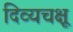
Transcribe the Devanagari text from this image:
दिव्यचक्षू